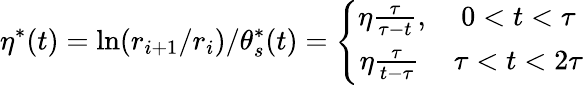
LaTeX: \eta^{*}(t)=\ln(r_{i+1}/r_{i})/\theta_{s}^{*}(t)=\left\lbrace\begin{array}{cc}{\eta\frac{\tau}{\tau-t},}&{0<t<\tau}\\ {\eta\frac{\tau}{t-\tau}\, }&{\tau<t<2\tau}\end{array}\right.